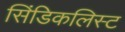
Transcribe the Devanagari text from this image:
सिंडिकलिस्ट